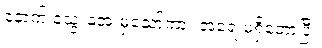
နောက် သွေးအေးမှသော်ကား အရေးမရှိတော့ပြီ။